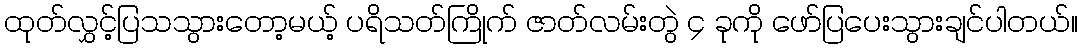
ထုတ်လွှင့်ပြသသွားတော့မယ့် ပရိသတ်ကြိုက် ဇာတ်လမ်းတွဲ ၄ ခုကို ဖော်ပြပေးသွားချင်ပါတယ်။